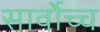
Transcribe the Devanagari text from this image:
सार्वोच्च